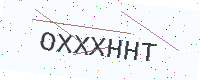
Text: OXXXHHT